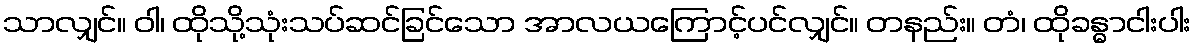
သာလျှင်။ ဝါ၊ ထိုသို့သုံးသပ်ဆင်ခြင်သော အာလယကြောင့်ပင်လျှင်။ တနည်း။ တံ၊ ထိုခန္ဓာငါးပါး